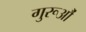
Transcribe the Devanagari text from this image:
गुरूऔं